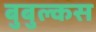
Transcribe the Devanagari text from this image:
बुबुल्कस